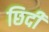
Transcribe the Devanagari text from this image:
छिदी